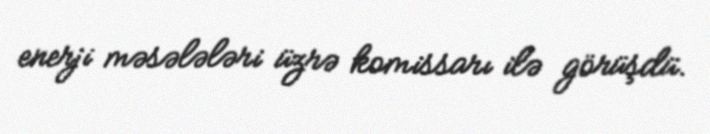
enerji məsələləri üzrə komissarı ilə görüşdü.